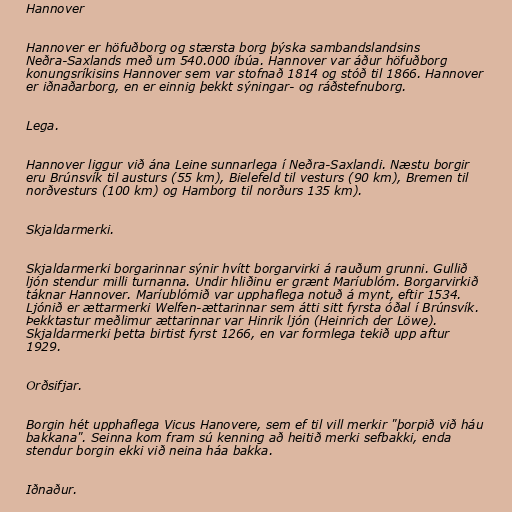
Hannover

Hannover er höfuðborg og stærsta borg þýska sambandslandsins
Neðra-Saxlands með um 540.000 íbúa. Hannover var áður höfuðborg
konungsríkisins Hannover sem var stofnað 1814 og stóð til 1866. Hannover
er iðnaðarborg, en er einnig þekkt sýningar- og ráðstefnuborg.

Lega.

Hannover liggur við ána Leine sunnarlega í Neðra-Saxlandi. Næstu borgir
eru Brúnsvík til austurs (55 km), Bielefeld til vesturs (90 km), Bremen til
norðvesturs (100 km) og Hamborg til norðurs 135 km).

Skjaldarmerki.

Skjaldarmerki borgarinnar sýnir hvítt borgarvirki á rauðum grunni. Gullið
ljón stendur milli turnanna. Undir hliðinu er grænt Maríublóm. Borgarvirkið
táknar Hannover. Maríublómið var upphaflega notuð á mynt, eftir 1534.
Ljónið er ættarmerki Welfen-ættarinnar sem átti sitt fyrsta óðal í Brúnsvík.
Þekktastur meðlimur ættarinnar var Hinrik ljón (Heinrich der Löwe).
Skjaldarmerki þetta birtist fyrst 1266, en var formlega tekið upp aftur
1929.

Orðsifjar.

Borgin hét upphaflega Vicus Hanovere, sem ef til vill merkir "þorpið við háu
bakkana". Seinna kom fram sú kenning að heitið merki sefbakki, enda
stendur borgin ekki við neina háa bakka.

Iðnaður.